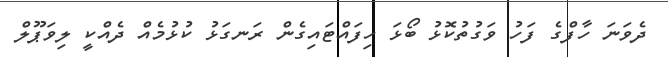
ދެވަނަ ހާފްގެ ފަހު ވަގުތުކޮޅު ބޯޅަ ހިފައްޓައިގެން ރަނގަޅު ކުޅުމެއް ދެއްކީ ލިވަޕޫލް